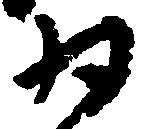
為